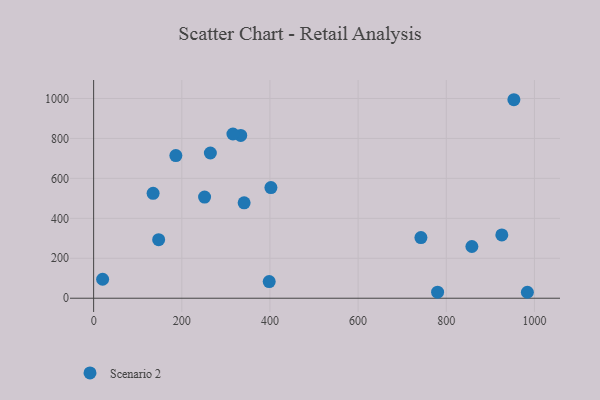
{"axis": {"x": "Study Hours", "y": "Sales"}, "legend": ["Scenario 2"], "data": [{"x": "186.5", "y": 714.3, "type": "Scenario 2"}, {"x": "398.3", "y": 83.5, "type": "Scenario 2"}, {"x": "858.1", "y": 259.0, "type": "Scenario 2"}, {"x": "953.4", "y": 993.8, "type": "Scenario 2"}, {"x": "780.3", "y": 30.2, "type": "Scenario 2"}, {"x": "333.7", "y": 815.3, "type": "Scenario 2"}, {"x": "251.7", "y": 506.2, "type": "Scenario 2"}, {"x": "316.0", "y": 822.3, "type": "Scenario 2"}, {"x": "341.4", "y": 477.7, "type": "Scenario 2"}, {"x": "264.8", "y": 727.1, "type": "Scenario 2"}, {"x": "147.5", "y": 292.9, "type": "Scenario 2"}, {"x": "984.0", "y": 29.8, "type": "Scenario 2"}, {"x": "926.0", "y": 316.8, "type": "Scenario 2"}, {"x": "134.9", "y": 525.0, "type": "Scenario 2"}, {"x": "742.5", "y": 303.9, "type": "Scenario 2"}, {"x": "402.2", "y": 554.2, "type": "Scenario 2"}, {"x": "20.4", "y": 94.9, "type": "Scenario 2"}]}